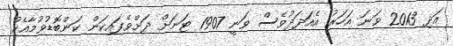
އަދި 2013 ވަނަ އަހަރު އެއަދަދުވެސް ވަނީ 1907 ޓަނަށް ދަށްވެފައިކަން ކަންބޮޑުވުމާއެކު